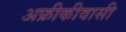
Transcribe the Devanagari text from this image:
अफ्रीकीवासी